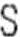
S